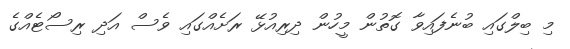
މި ބިލްގައި ބުނެފައިވާ ގޮތުން މީހުން ދިރިއުޅޭ ރަށެއްގައި ވެސް އަދި ރިސޯޓެއްގެ